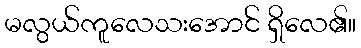
မလွယ်ကူလေသးအောင် ရှိလေ၏။